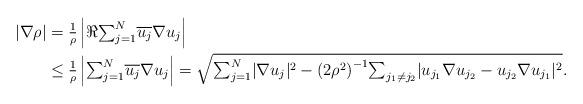
LaTeX: \begin{align*}|\nabla \rho| ={}& \tfrac1{\rho} \left|\Re {\textstyle \sum_{j=1}^N} \overline{u_j}\nabla u_j \right|\\\le{}& \tfrac1{\rho} \left| {\textstyle \sum_{j=1}^N} \overline{u_j}\nabla u_j \right|= \sqrt{ {\textstyle \sum_{j=1}^N}|\nabla u_j|^2 - {(2\rho^2)}^{-1} {\textstyle \sum_{j_1\neq j_2}}|u_{j_1} \nabla u_{j_2} - u_{j_2} \nabla u_{j_1}|^2}.\end{align*}